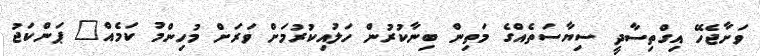
ވަށާޖެހޭ އިގްތިސާދީ ސިޔާސަތެއްގެ މަތިން ބިނާކުރުން ހަލުއިކުރުމަށް ވަރަށް މުހިންމު ކަމެއް" ޕަންކަޖު